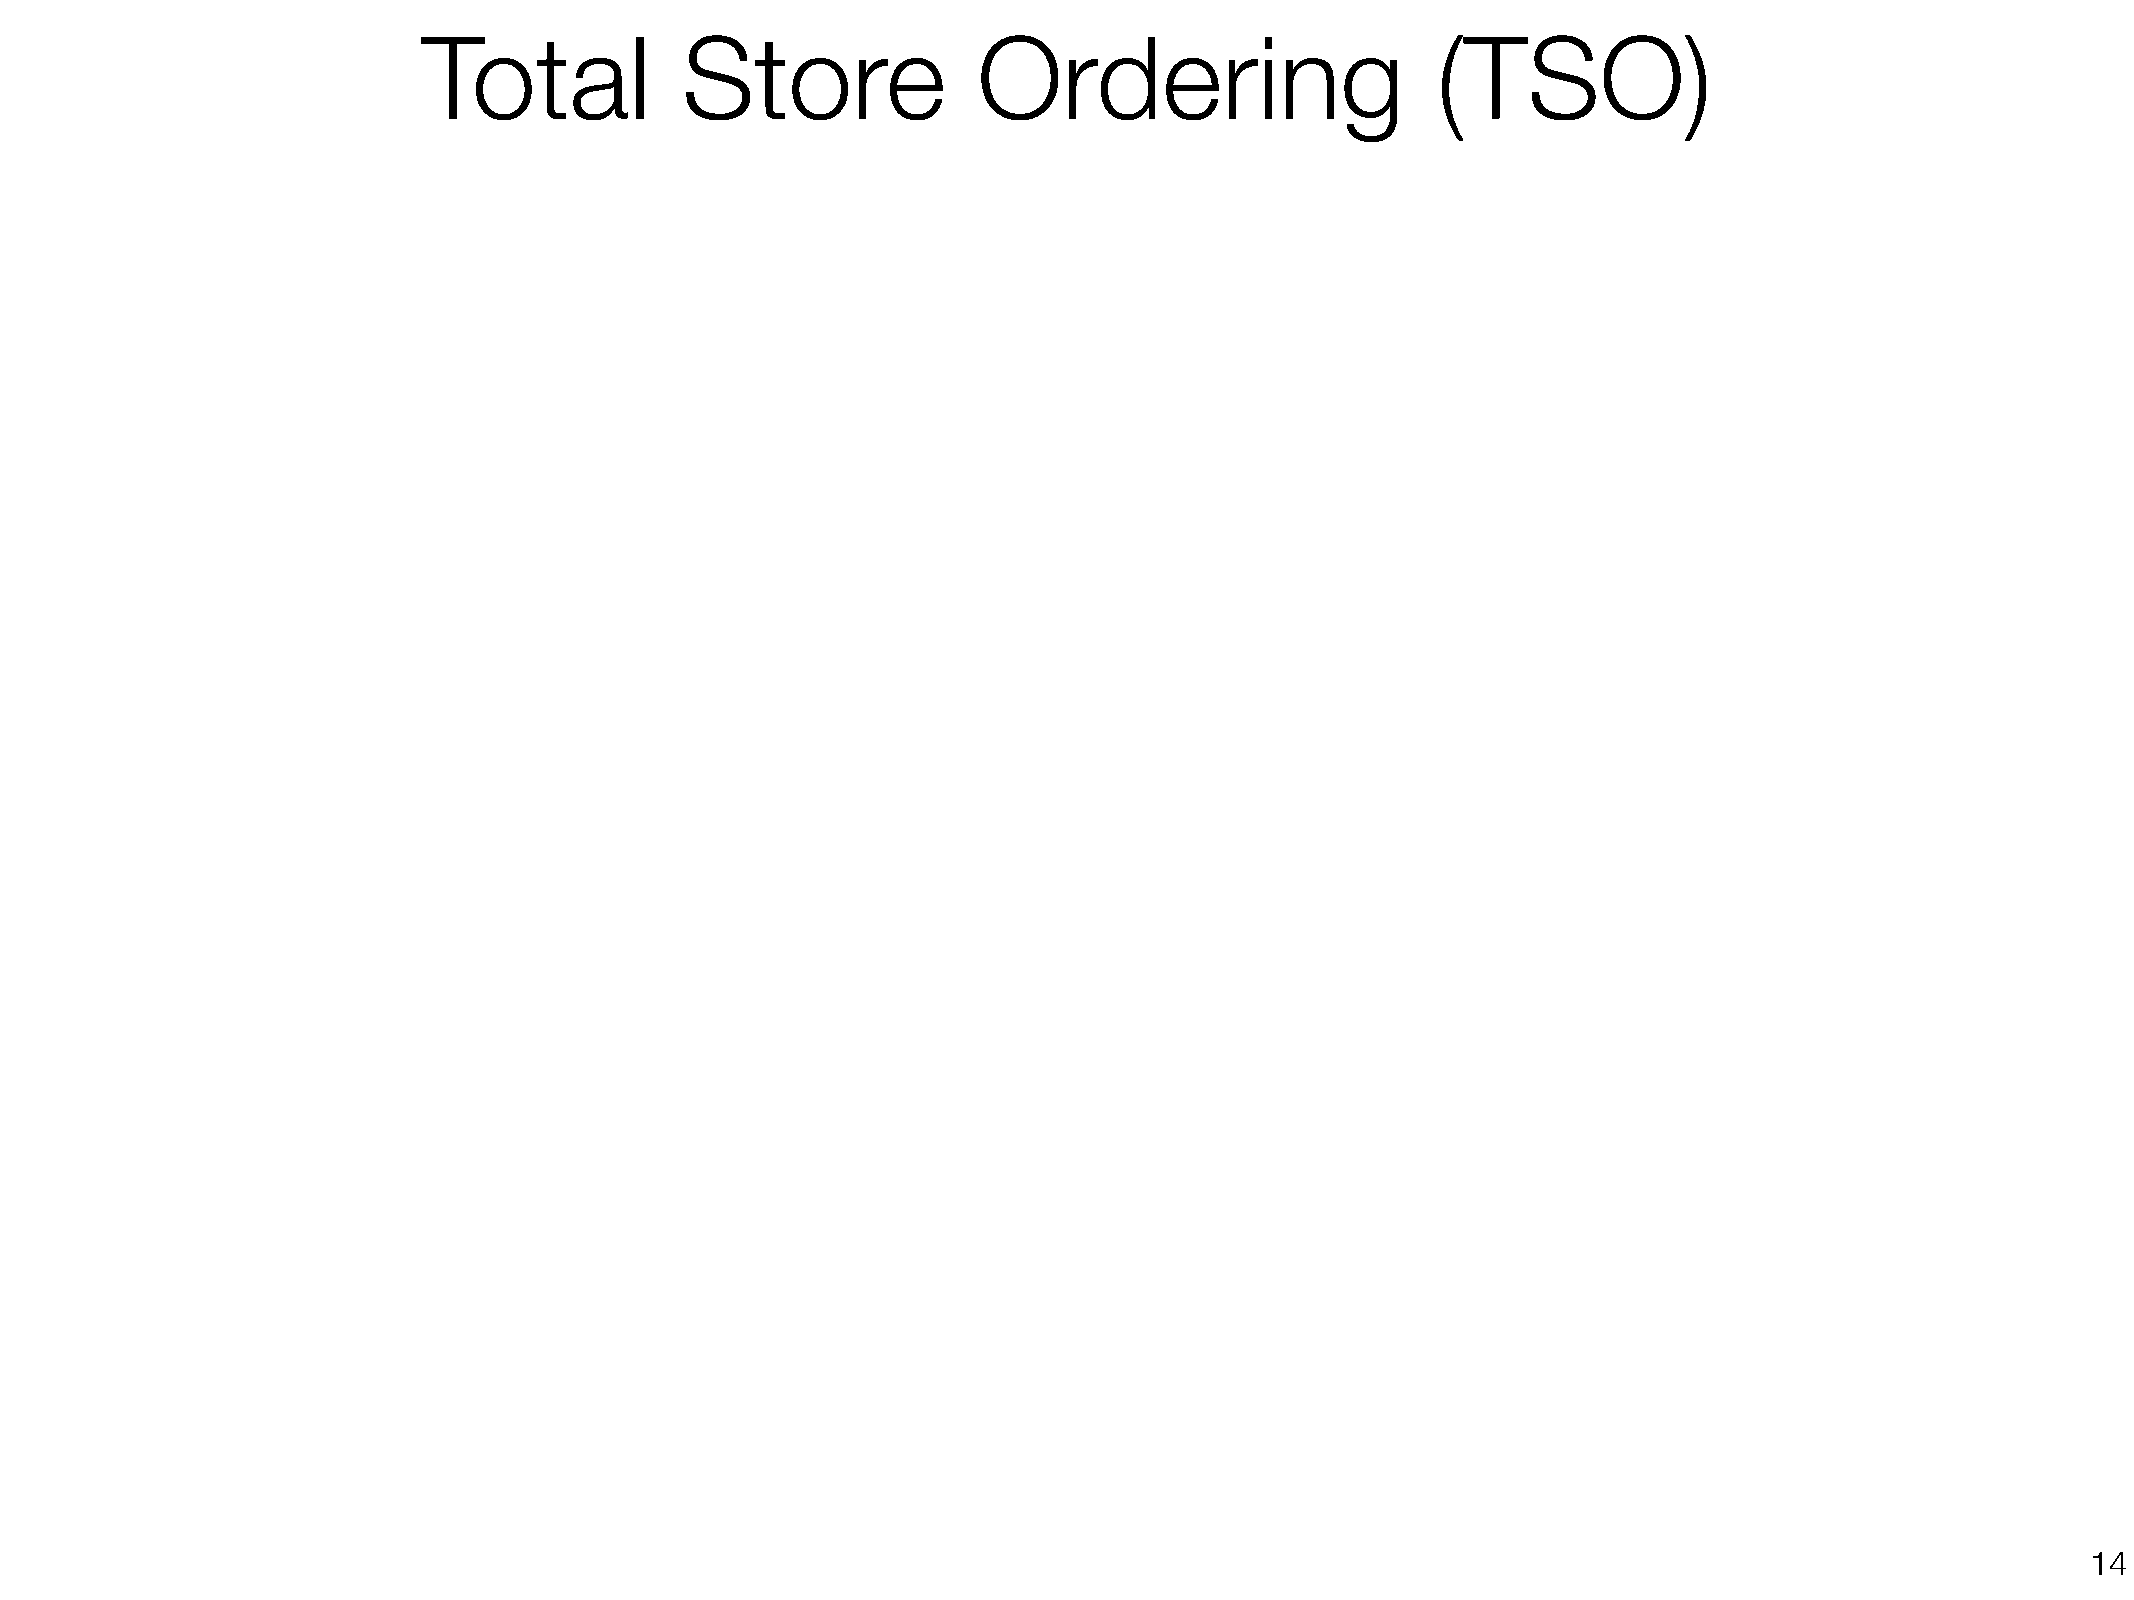
Total            Store               Ordering                      (TSO)
 !14